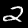
Label: 2